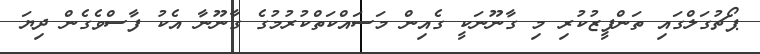
ޕޯޗުގަލްގައި ތަންފީޒުކުރި މި ގާނޫނަކީ ގެއިން މަސައްކަތްކުރުމުގެ ގާނޫނާ އެކު ފާސްވެގެން ދިޔަ